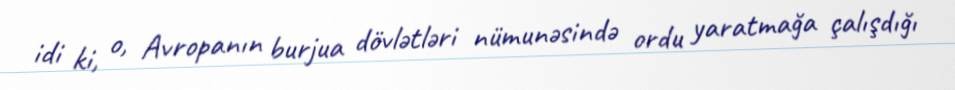
idi ki, o, Avropanın burjua dövlətləri nümunəsində ordu yaratmağa çalışdığı